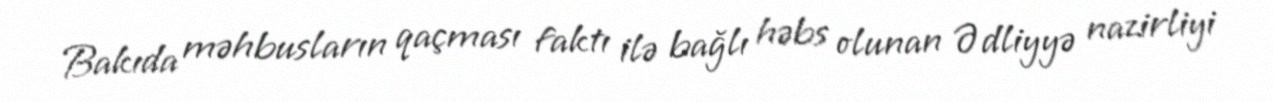
Bakıda məhbusların qaçması faktı ilə bağlı həbs olunan Ədliyyə nazirliyi